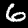
Label: 6